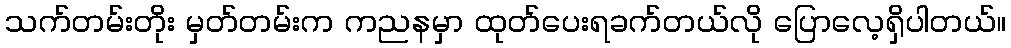
သက်တမ်းတိုး မှတ်တမ်းက ကညနမှာ ထုတ်ပေးရခက်တယ်လို ပြောလေ့ရှိပါတယ်။